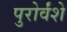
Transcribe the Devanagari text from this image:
पुरोर्वंशे